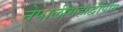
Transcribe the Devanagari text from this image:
नेपालीमहाद्वीपीय